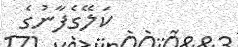
ކަލޭގެފާނުގެ